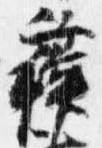
蘇